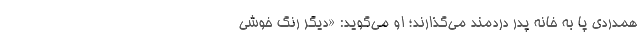
همدردی پا به خانه پدر دردمند می‌گذارند؛ او می‌گوید: «دیگر رنگ خوشی